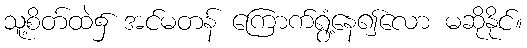
သူ့စိတ်ထဲ၌ အင်မတန် ကြောက်ရွံ့နေ၍လော မဆိုနိုင်။